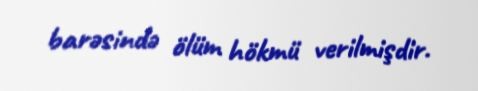
barəsində ölüm hökmü verilmişdir.